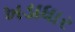
ખડાધાર